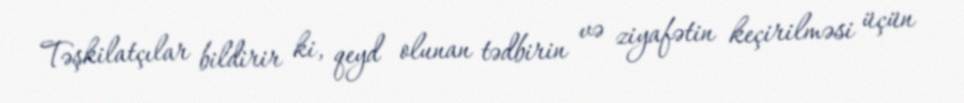
Təşkilatçılar bildirir ki, qeyd olunan tədbirin və ziyafətin keçirilməsi üçün